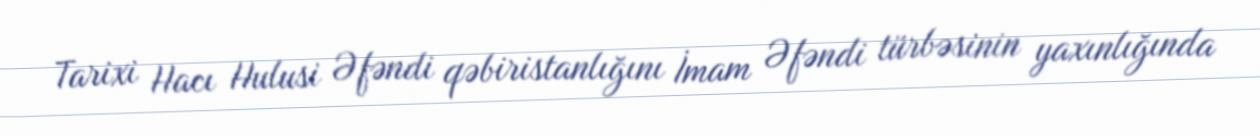
Tarixi Hacı Hulusi Əfəndi qəbiristanlığını İmam Əfəndi türbəsinin yaxınlığında